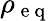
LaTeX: \rho_{\mathrm{~e~q~}}